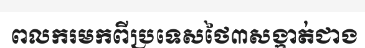
ពលករមកពីប្រទេសថៃ៣សង្កាត់ជាង